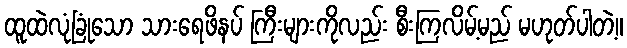
ထူထဲလုံခြုံသော သားရေဖိနပ် ကြီးများကိုလည်း စီးကြလိမ့်မည် မဟုတ်ပါတဲ့။